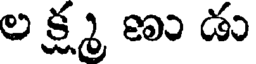
ల క్ష్మ ణు డు